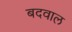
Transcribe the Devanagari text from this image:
बदवाल